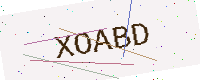
Text: XOABD